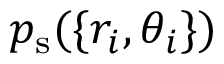
p _ { \mathrm { s } } ( \{ r _ { i } , \theta _ { i } \} )